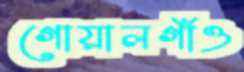
গোয়ালগাঁও